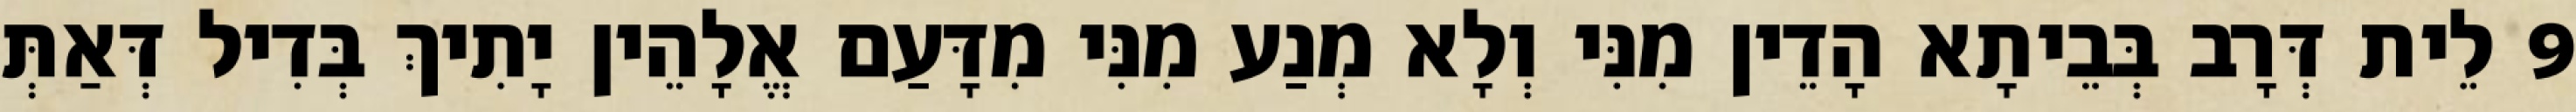
9 לֵית דְּרָב בְּבֵיתָא הָדֵין מִנִּי וְלָא מְנַע מִנִּי מִדָּעַם אֱלָהֵין יָתִיךְ בְּדִיל דְּאַתְּ